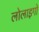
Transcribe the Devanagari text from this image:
लोलाइगो